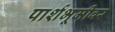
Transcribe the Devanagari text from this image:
पार्शभूमीवर